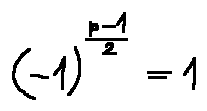
( - 1 ) ^ { \frac { p - 1 } { 2 } } = 1